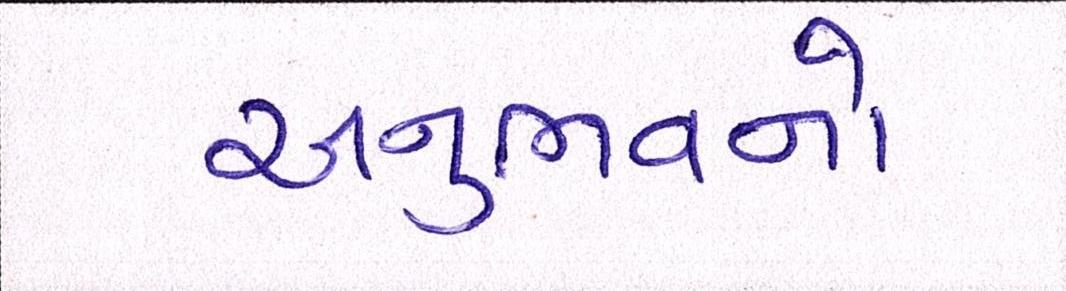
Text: અનુભવનો